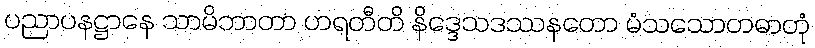
ပညာပနဋ္ဌာနေ သာမိဘာတာ ဟရတီတိ နိဒ္ဒေသဒဿနတော မံသသောတဓာတုံ